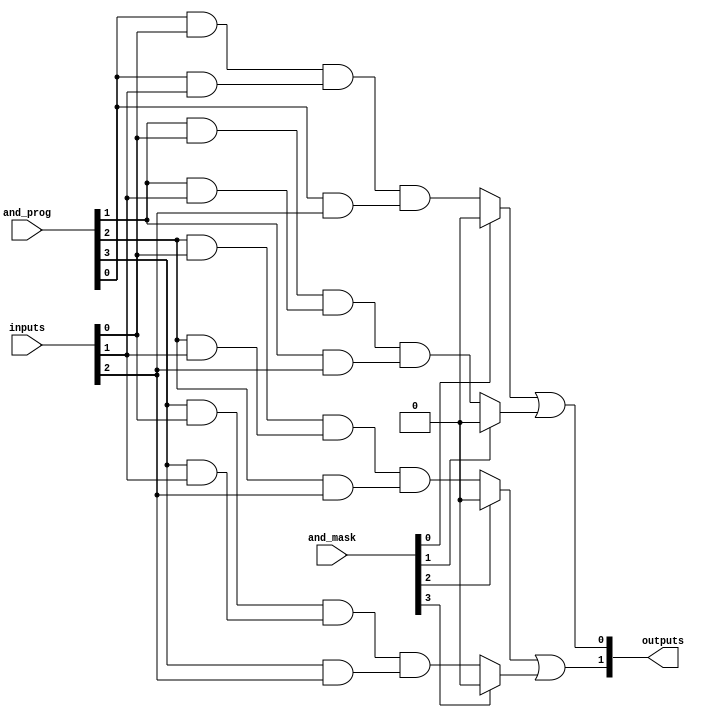
module MaskedPAL #(parameter NUM_INPUTS = 3,   // Number of inputs (A, B, C)
                   parameter NUM_AND_GATES = 4, // Number of AND gates
                   parameter NUM_OR_GATES = 2)  // Number of OR gates
(
    input wire [NUM_INPUTS-1:0] inputs,        // Input lines
    input wire [NUM_AND_GATES-1:0] and_mask,   // Mask for AND gate programmability
    input wire [NUM_AND_GATES-1:0] and_prog,    // Programming for AND gates
    output wire [NUM_OR_GATES-1:0] outputs       // Outputs from OR gates
);

// AND array
wire [NUM_AND_GATES-1:0] and_outputs;

// Generate AND gates based on inputs and programming
genvar i;
generate
    for (i = 0; i < NUM_AND_GATES; i = i + 1) begin: and_gates
        assign and_outputs[i] = (and_mask[i]) ? 1'b0 : 
                                 ((and_prog[i] & inputs[0]) & 
                                  (and_prog[i] & inputs[1]) & 
                                  (and_prog[i] & inputs[2]));
    end
endgenerate

// OR array
wire [NUM_OR_GATES-1:0] or_outputs;

// Generate OR gates based on AND gate outputs
generate
    for (i = 0; i < NUM_OR_GATES; i = i + 1) begin: or_gates
        assign or_outputs[i] = or_logic(i);
    end
endgenerate

// Function to define OR logic based on AND outputs
function [0:0] or_logic(input integer or_index);
    begin
        case (or_index)
            0: or_logic = and_outputs[0] | and_outputs[1]; // Example for OR gate 0
            1: or_logic = and_outputs[2] | and_outputs[3]; // Example for OR gate 1
            default: or_logic = 1'b0;
        endcase
    end
endfunction

assign outputs = or_outputs;

endmodule